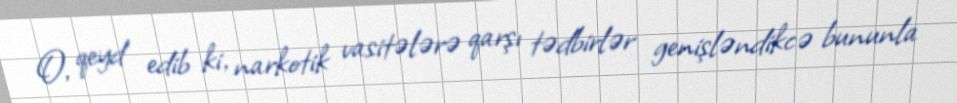
O, qeyd edib ki, narkotik vasitələrə qarşı tədbirlər genişləndikcə bununla